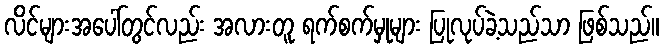
လိင်များအပေါ်တွင်လည်း အလားတူ ရက်စက်မှုများ ပြုလုပ်ခဲ့သည်သာ ဖြစ်သည်။